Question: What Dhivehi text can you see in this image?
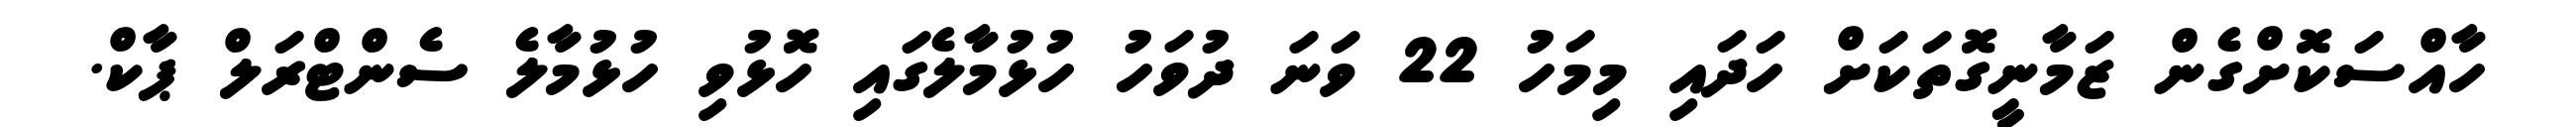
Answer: ހާއްސަކޮށްގެން ޒަމާނީގޮތަކަށް ހަދައި މިމަހު 22 ވަނަ ދުވަހު ހުޅުމާލެގައި ހޮޅުވި ހުޅުމާލެ ސެންޓްރަލް ޕާކް.